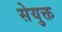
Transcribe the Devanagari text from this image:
सेयुक्त